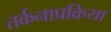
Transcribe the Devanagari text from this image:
तर्कनाप्रक्रिया